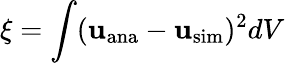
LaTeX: \displaystyle\xi=\int(\mathbf{u}_{\mathrm{ana}}-\mathbf{u}_{\mathrm{sim}})^{2}dV